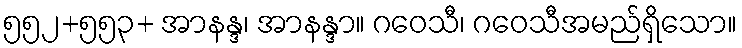
၅၅၂+၅၅၃+ အာနန္ဒ၊ အာနန္ဒာ။ ဂဝေသီ၊ ဂဝေသီအမည်ရှိသော။